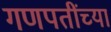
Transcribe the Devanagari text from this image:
गणपतींच्या